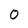
Character: 0